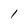
Character: 1